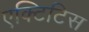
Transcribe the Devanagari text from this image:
एक्टिटिस